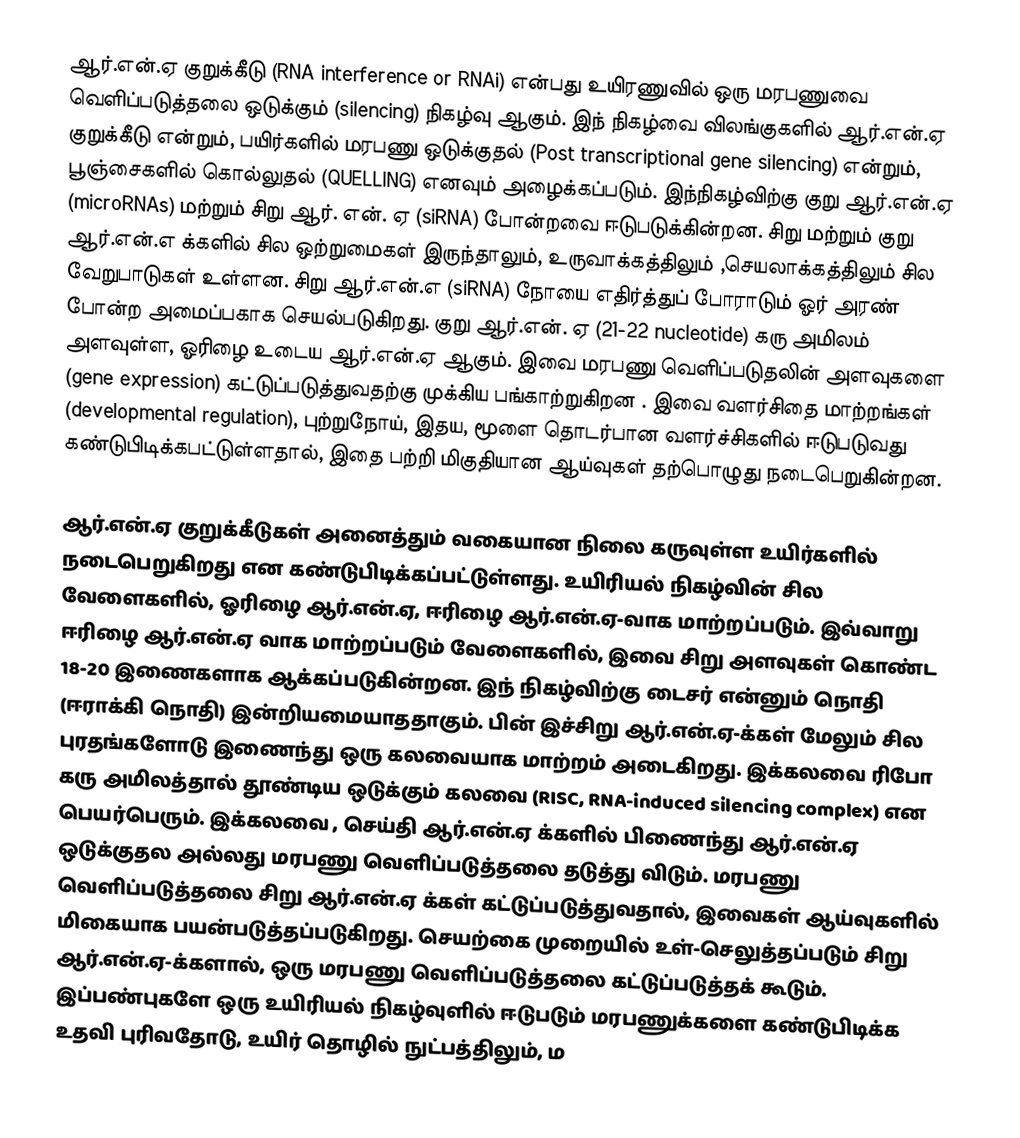
ஆர்.என்.ஏ குறுக்கீடு (RNA interference or RNAi)  என்பது உயிரணுவில் ஒரு மரபணுவை வெளிப்படுத்தலை ஒடுக்கும் (silencing) நிகழ்வு ஆகும். இந் நிகழ்வை விலங்குகளில் ஆர்.என்.ஏ குறுக்கீடு என்றும், பயிர்களில் மரபணு ஒடுக்குதல் (Post transcriptional gene silencing) என்றும், பூஞ்சைகளில் கொல்லுதல் (QUELLING) எனவும் அழைக்கப்படும். இந்நிகழ்விற்கு குறு ஆர்.என்.ஏ (microRNAs) மற்றும் சிறு ஆர். என். ஏ (siRNA) போன்றவை ஈடுபடுக்கின்றன. சிறு மற்றும் குறு ஆர்.என்.எ க்களில் சில ஒற்றுமைகள் இருந்தாலும், உருவாக்கத்திலும் ,செயலாக்கத்திலும் சில வேறுபாடுகள் உள்ளன. சிறு ஆர்.என்.எ (siRNA) நோயை எதிர்த்துப் போராடும் ஓர் அரண் போன்ற அமைப்பகாக செயல்படுகிறது. குறு ஆர்.என். ஏ (21-22 nucleotide) கரு அமிலம் அளவுள்ள, ஓரிழை உடைய ஆர்.என்.ஏ ஆகும். இவை மரபணு வெளிப்படுதலின் அளவுகளை (gene expression) கட்டுப்படுத்துவதற்கு முக்கிய பங்காற்றுகிறன . இவை வளர்சிதை மாற்றங்கள் (developmental regulation), புற்றுநோய், இதய, மூளை தொடர்பான வளர்ச்சிகளில் ஈடுபடுவது கண்டுபிடிக்கபட்டுள்ளதால், இதை பற்றி மிகுதியான ஆய்வுகள் தற்பொழுது நடைபெறுகின்றன.

ஆர்.என்.ஏ குறுக்கீடுகள் அனைத்தும் வகையான நிலை கருவுள்ள உயிர்களில் நடைபெறுகிறது என கண்டுபிடிக்கப்பட்டுள்ளது. உயிரியல் நிகழ்வின் சில வேளைகளில், ஓரிழை ஆர்.என்.ஏ,  ஈரிழை ஆர்.என்.ஏ-வாக மாற்றப்படும். இவ்வாறு ஈரிழை ஆர்.என்.ஏ வாக மாற்றப்படும் வேளைகளில், இவை சிறு அளவுகள் கொண்ட 18-20 இணைகளாக ஆக்கப்படுகின்றன. இந் நிகழ்விற்கு டைசர் என்னும் நொதி (ஈராக்கி நொதி) இன்றியமையாததாகும். பின் இச்சிறு ஆர்.என்.ஏ-க்கள் மேலும் சில புரதங்களோடு இணைந்து ஒரு கலவையாக மாற்றம் அடைகிறது. இக்கலவை ரிபோ கரு அமிலத்தால் தூண்டிய ஒடுக்கும் கலவை (RISC, RNA-induced silencing complex) என பெயர்பெரும். இக்கலவை , செய்தி ஆர்.என்.ஏ க்களில் பிணைந்து ஆர்.என்.ஏ ஒடுக்குதல அல்லது மரபணு வெளிப்படுத்தலை தடுத்து விடும். மரபணு வெளிப்படுத்தலை சிறு ஆர்.என்.ஏ க்கள் கட்டுப்படுத்துவதால், இவைகள் ஆய்வுகளில் மிகையாக பயன்படுத்தப்படுகிறது. செயற்கை முறையில் உள்-செலுத்தப்படும் சிறு ஆர்.என்.ஏ-க்களால், ஒரு மரபணு வெளிப்படுத்தலை கட்டுப்படுத்தக் கூடும். இப்பண்புகளே ஒரு உயிரியல் நிகழ்வுளில் ஈடுபடும் மரபணுக்களை கண்டுபிடிக்க உதவி புரிவதோடு, உயிர் தொழில் நுட்பத்திலும், ம